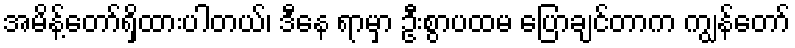
အမိန့်တော်ရှိထားပါတယ်၊ ဒီနေ ရာမှာ ဦးစွာပထမ ပြောချင်တာက ကျွန်တော်